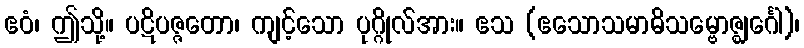
ဧဝံ၊ ဤသို့။ ပဋိပဇ္ဇတော၊ ကျင့်သော ပုဂ္ဂိုလ်အား။ ဧသ (ဧသောသမာဓိသမ္ဗောဇ္ဈင်္ဂေါ)၊